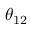
\theta _ { 1 2 }